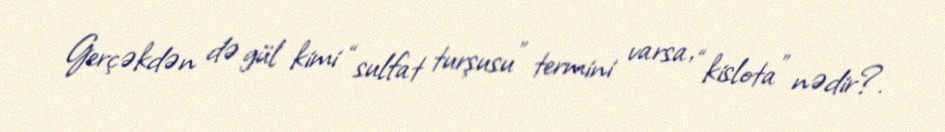
Gerçəkdən də gül kimi “sulfat turşusu” termini varsa, “kislota” nədir?.